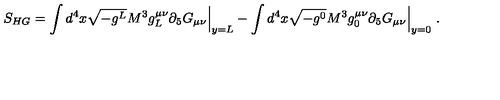
S _ { H G } = \int d ^ { 4 } x \sqrt { - g ^ { L } } M ^ { 3 } g _ { L } ^ { \mu \nu } \partial _ { 5 } G _ { \mu \nu } \Big | _ { y = L } - \int d ^ { 4 } x \sqrt { - g ^ { 0 } } M ^ { 3 } g _ { 0 } ^ { \mu \nu } \partial _ { 5 } G _ { \mu \nu } \Big | _ { y = 0 } \ .